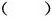
( )